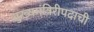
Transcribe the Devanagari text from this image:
मुख्यमंत्रिरीपदाची